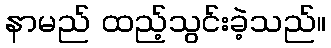
နာမည် ထည့်သွင်းခဲ့သည်။